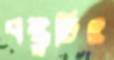
বন্ধুটিও